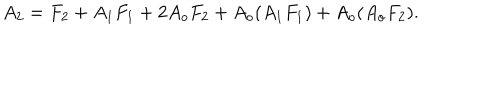
A _ { 2 } = F _ { 2 } + A _ { 1 } F _ { 1 } + 2 A _ { o } F _ { 2 } + A _ { o } ( A _ { 1 } F _ { 1 } ) + A _ { o } ( A _ { o } F _ { 2 } ) .